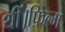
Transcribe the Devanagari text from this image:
थीं।फ़िल्म